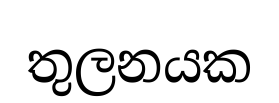
තුලනයක